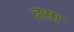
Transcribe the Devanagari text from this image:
ढसा